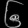
Digit: ၆